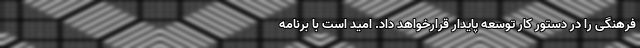
فرهنگی را در دستور کار توسعه پایدار قرارخواهد داد. امید است با برنامه